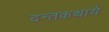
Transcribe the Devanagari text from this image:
दन्तकथाये